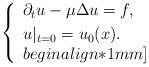
LaTeX: \begin{align*}\left\{\begin{array}{l}\partial_{t}u-\mu\Delta u=f,\\ [1mm]u|_{t=0}=u_{0}(x).\\begin{align*}1mm] \end{array} \right.\end{align*}